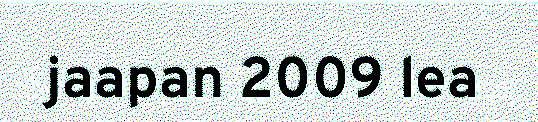
jaapan 2009 lea